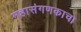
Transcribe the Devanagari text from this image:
महासंगणकाचा